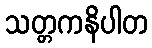
သတ္တကနိပါတ